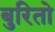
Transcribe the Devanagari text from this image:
बुरितो